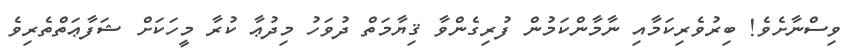
ވިސްނާށެވެ! ބިރުވެރިކަމާއި ނާމާންކަމުން ފުރިގެންވާ ޤިޔާމަތް ދުވަހު މިދުޢާ ކުރާ މީހަކަށް ޝަފާޢަތްތެރިވެ